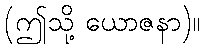
(ဤသို့ ယောဇနာ)။